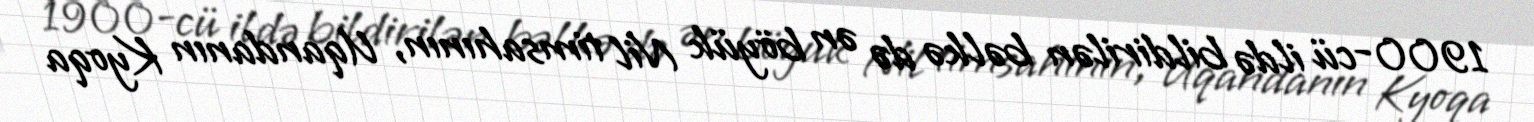
1900-cü ildə bildirilən bəlkə də ən böyük Nil timsahının, Uqandanın Kyoqa